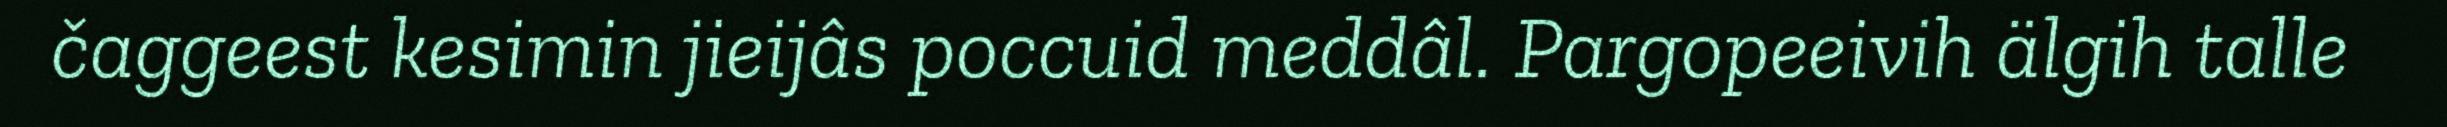
čaggeest kesimin jieijâs poccuid meddâl. Pargopeeivih älgih talle